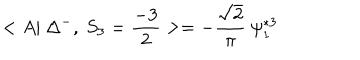
< A | ~ \Delta ^ { - } , ~ S _ { 3 } = \frac { - 3 } { 2 } > = - \frac { \sqrt { 2 } } { \pi } ~ \psi _ { 1 } ^ { * 3 }